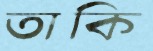
তাকি